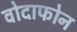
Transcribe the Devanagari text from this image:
वोदाफोन